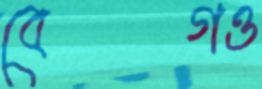
বেগও